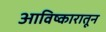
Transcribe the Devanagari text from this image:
आविष्कारातून